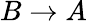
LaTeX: B\rightarrow A